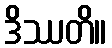
ဒိဿတိ။